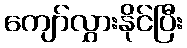
ကျော်လွှားနိုင်ပြီး